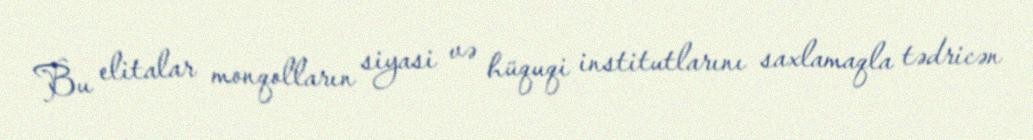
Bu elitalar monqolların siyasi və hüquqi institutlarını saxlamaqla tədricən